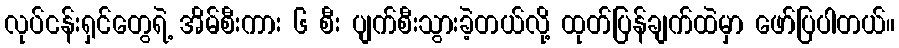
လုပ်ငန်းရှင်တွေရဲ့ အိမ်စီးကား ၆ စီး ပျက်စီးသွားခဲ့တယ်လို့ ထုတ်ပြန်ချက်ထဲမှာ ဖော်ပြပါတယ်။